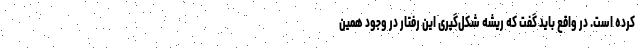
کرده است. در واقع باید گفت که ریشه شکل‌گیری این رفتار در وجود همین